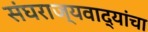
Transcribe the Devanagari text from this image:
संघराज्यवाद्यांचा